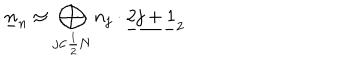
LaTeX: \underline { { { n } } } _ { n } \simeq \bigoplus _ { j \in \frac { 1 } { 2 } \bf N } n _ { j } \cdot \underline { { { 2 j + 1 } } } _ { 2 }